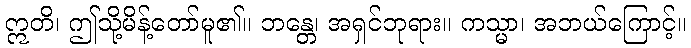
ဣတိ၊ ဤသို့မိန့်တော်မူ၏။ ဘန္တေ၊ အရှင်ဘုရား။ ကသ္မာ၊ အဘယ်ကြောင့်။